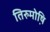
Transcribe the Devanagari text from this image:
तिरुमोष़ि